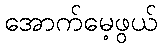
အောက်မေ့ဖွယ်